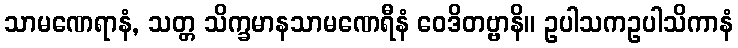
သာမဏေရာနံ, သတ္တ သိက္ခမာနသာမဏေရီနံ ဝေဒိတဗ္ဗာနိ။ ဥပါသကဥပါသိကာနံ